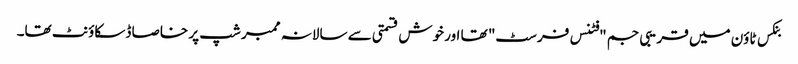
بنکس ٹاؤن میں قریبی جم "فٹنس فرسٹ" تھا اور خوش قسمتی سے سالانہ ممبر شپ پر خاصا ڈسکاؤنٹ تھا۔